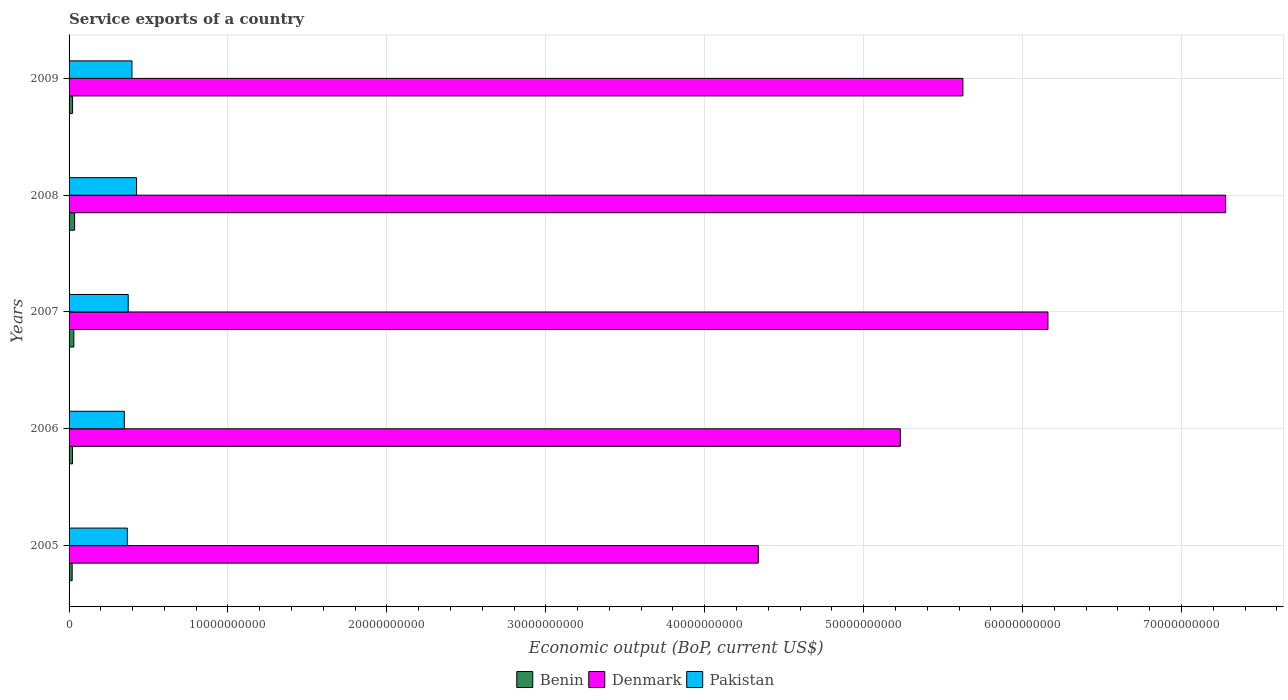
| Years | Benin | Denmark | Pakistan |
 | --- | --- | --- | --- |
 | 2005 | 1.94e+08 | 4.34e+10 | 3.66e+09 |
 | 2006 | 2.17e+08 | 5.23e+10 | 3.48e+09 |
 | 2007 | 3.02e+08 | 6.16e+10 | 3.72e+09 |
 | 2008 | 3.48e+08 | 7.28e+10 | 4.25e+09 |
 | 2009 | 2.21e+08 | 5.62e+10 | 3.96e+09 |